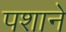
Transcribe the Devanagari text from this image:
पशाने